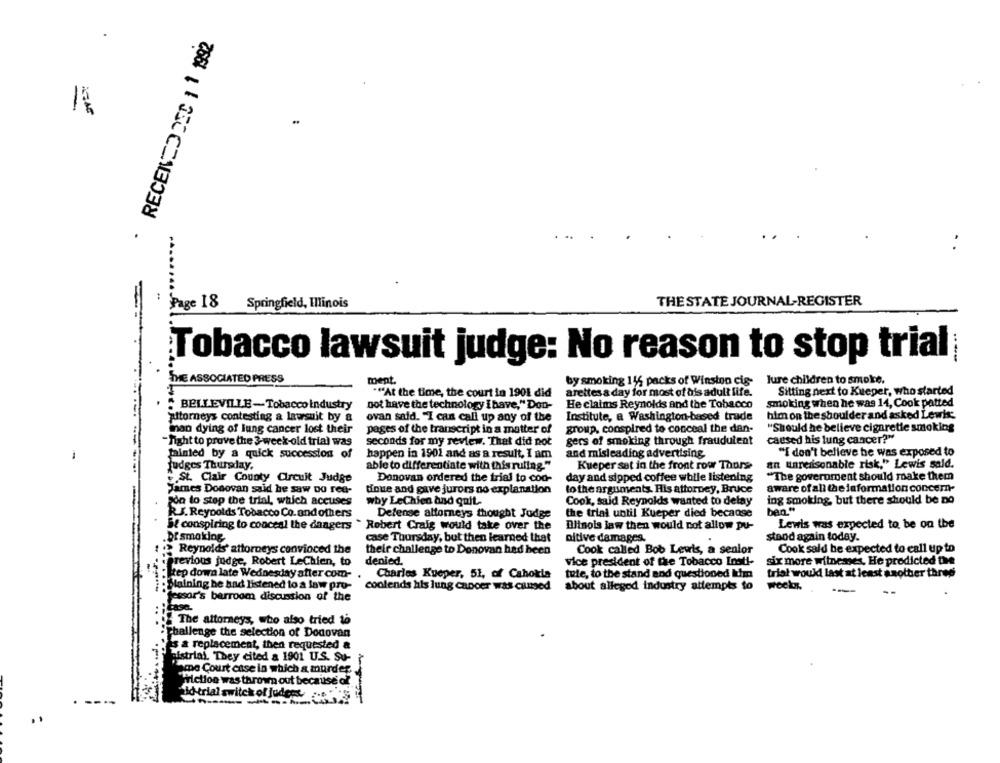
RECENCODEC 1 1 192
/%
.
Page 18
Springfield, Illinois
THE STATE JOURNAL-REGISTER
Tobacco lawsuit judge: No reason to stop trial
THE ASSOCIATED PRESS
ment
lure children to smoke.
by smoking 115 packs of Winston cis-
""At the time, the court in 1901 did
arettes a day for most of his adult life.
Sitting next to Kueper, who started
He claims Reynolds and the Tobacco
smoking when he was 14, Cook patted
BELLEVILLE-Tobacco industry
not have the technology i have," Don-
Attorneys contesting a lawsuit by &
ovan said. "I can call up any of the
Institute, a Washington-based trade
him on the shoulder and asked Lewis:
group, conspired to conceal the dan-
"Should he believe cigarette smoking
inan dying of lung cancer lost their
pages of the transcript in a matter of
-night to prove the 3-week-old trial was
seconds for my review. That did not
gers of smoking through fraudulent
caused his lung cancer?"
talnied by a quick succession of
happen in 1901 and as a result, I am
and misleading advertising
"I don't believe be was exposed to
able to differentiate with this ruling.""
Kueper sat in the front row Thurs
an unreasonable risk," Lewis sald.
judges Thursday,
St. Clair County Circuit Judge
Donovan ordered the trial to cod-
day and sipped coffee while listening
"The government should make them
aware of all the information concern-
James Donovan said he saw Do rea-
tinue and gave jurors no explanation
to the arguments. His attorney, Bruce
Son to stop the trial, which accuses
why LeChien and quit.
Cook, said Reynolds wanted to delay
ing smoking, but there should be no
ben."
RJ. Reynolds Tobacco Co. and others
Defense attorneys thought Judge
the trial until Kueper died because
Sf conspiring to conceal the dangers " Robert Craig would take over the
Dlinois law then would not allow pu-
Lewis was expected to be on the
.Df smoking
case Thursday, but then learned that
nitive damages.
stood again today.
Reynolds' attorneys convinced the
their challenge to Donovan had been
Cook sald be expected to call up to
Cook called Bob Lewis, a senior
previous judge, Robert LeChien, to
denied.
vice president of the Tobacco Inst !-
six more witnesses, He predicted the
Hep down late Wednesday after com-
Charles Kueper, 51, of Cahokia
tule, to the stand and questioned Ihm
trial would last at least asother three
Staining he had listened to a law pro-
coolends hls lung cancer was caused
about alleged industry attempts to
week.
---
fessor's barroom discussion of the
:case.
The attorneys, who also tried to
Challenge the selection of Dodovan
's a replacement, then requested &
histriai. They cited a 1901 U.S. Su-
ame Court case in which a murder ..
fiction was thrown out because of
id-trial switch of juders. ....